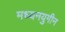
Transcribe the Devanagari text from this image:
मध्यनयुगीन